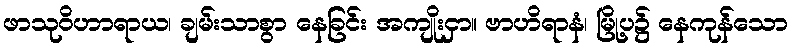
ဖာသုဝိဟာရာယ၊ ချမ်းသာစွာ နေခြင်း အကျိုးငှာ။ ဗာဟိရာနံ၊ မြို့ပ၌ နေကုန်သော